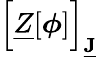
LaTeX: \Big[\underline{{Z}}[\boldsymbol{\phi}]\Big]_{\underline{{\mathbf{J}}}}